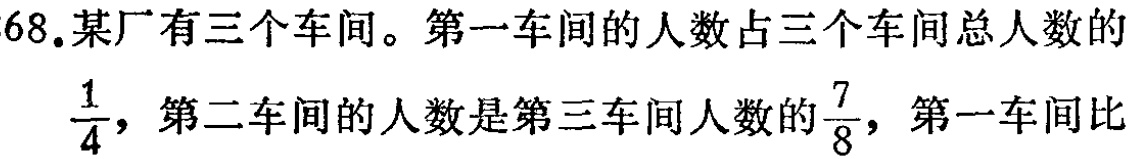
68.某厂有三个车间。第一车间的人数占三个车间总人数的$\frac{1}{4}$，第二车间的人数是第三车间人数的$\frac{7}{8}$，第一车间比